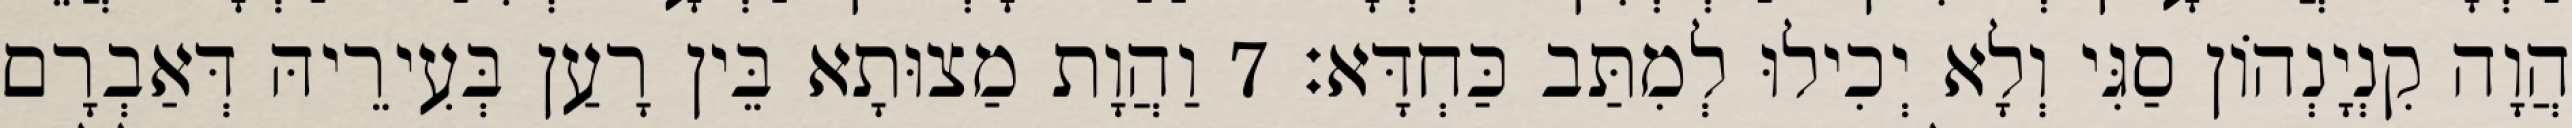
הֲוָה קִנְיָנְהוֹן סַגִּי וְלָא יְכִילוּ לְמִתַּב כַּחְדָּא׃ 7 וַהֲוָת מַצוּתָא בֵּין רָעַן בְּעִירֵיהּ דְּאַבְרָם